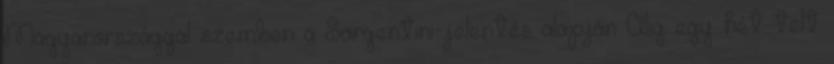
Magyarországgal szemben a Sargentini-jelentés alapján Alig egy hét telt